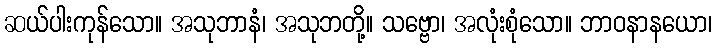
ဆယ်ပါးကုန်သော။ အသုဘာနံ၊ အသုဘတို့။ သဗ္ဗော၊ အလုံးစုံသော။ ဘာဝနာနယော၊